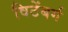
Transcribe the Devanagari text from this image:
विटेंबर्ग